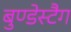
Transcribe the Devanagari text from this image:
बुण्डेस्टैग